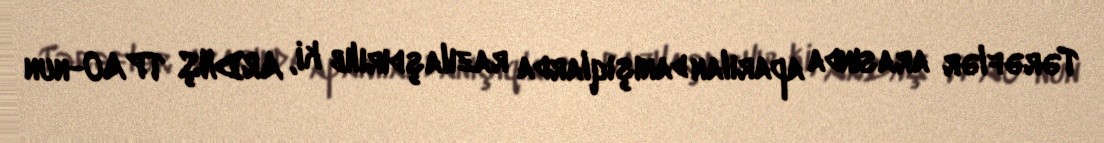
Tərəflər arasında aparılan danışıqlarda razılaşdırılıb ki, ARDNŞ TPAO-nun